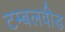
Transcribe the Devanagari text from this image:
टम्बलवीड